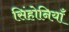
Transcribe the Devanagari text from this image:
सिंहोनियाँ